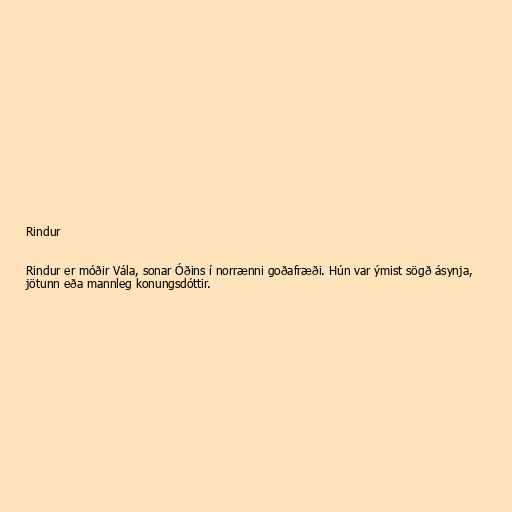
Rindur

Rindur er móðir Vála, sonar Óðins í norrænni goðafræði. Hún var ýmist sögð ásynja,
jötunn eða mannleg konungsdóttir.